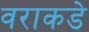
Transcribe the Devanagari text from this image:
वराकडे